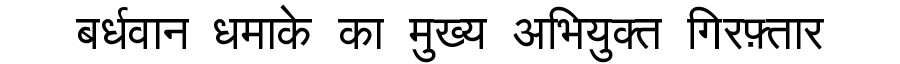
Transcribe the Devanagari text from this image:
बर्धवान धमाके का मुख्य अभियुक्त गिरफ़्तार